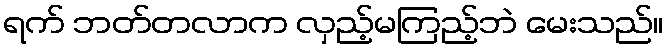
ရက် ဘတ်တလာက လှည့်မကြည့်ဘဲ မေးသည်။